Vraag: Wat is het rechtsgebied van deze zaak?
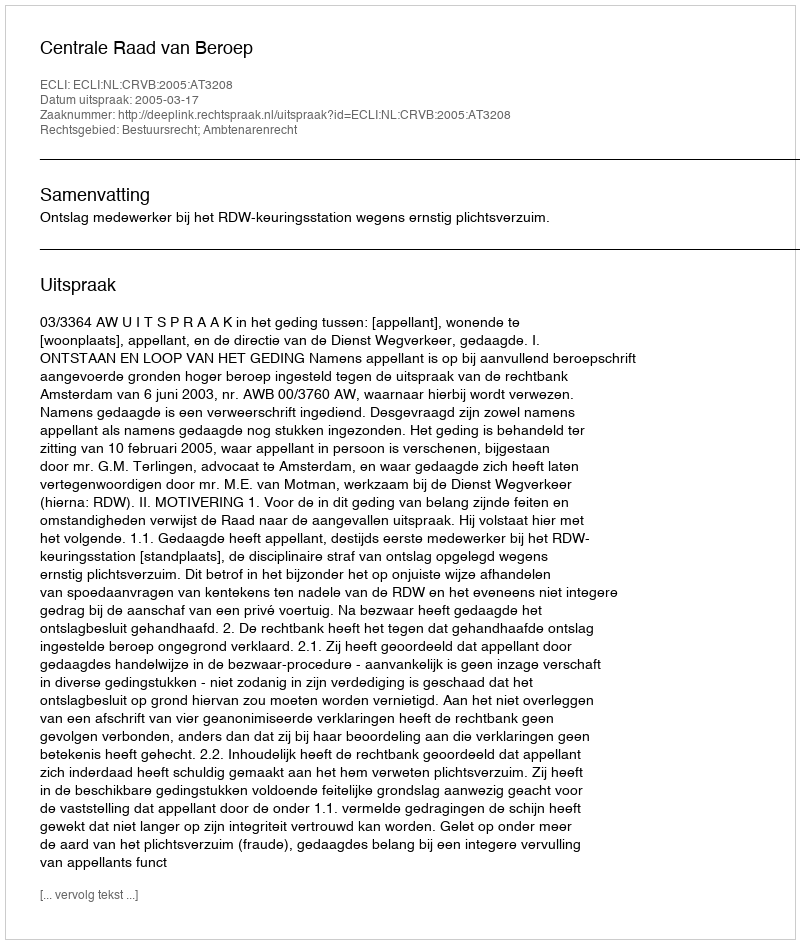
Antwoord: Bestuursrecht; Ambtenarenrecht